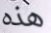
هذه